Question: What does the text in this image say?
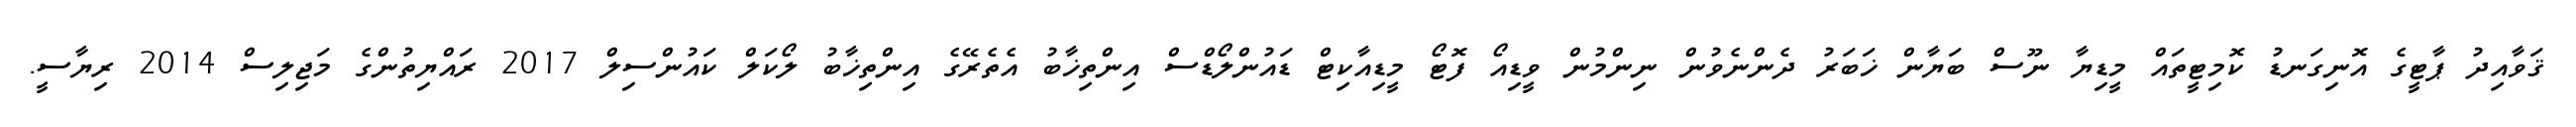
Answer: ޤަވާއިދު ޕާޓީގެ އޮނިގަނޑު ކޮމިޓީތައް މީޑިޔާ ނޫސް ބަޔާން ޚަބަރު ދެންނެވުން ނިންމުން ވީޑިއޯ ފޮޓޯ މީޑިއާކިޓް ޑައުންލޯޑްސް އިންތިޚާބު އެތެރޭގެ އިންތިޚާބު ލޯކަލް ކައުންސިލް 2017 ރައްޔިތުންގެ މަޖިލިސް 2014 ރިޔާސީ.